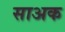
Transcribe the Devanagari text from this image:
साअक